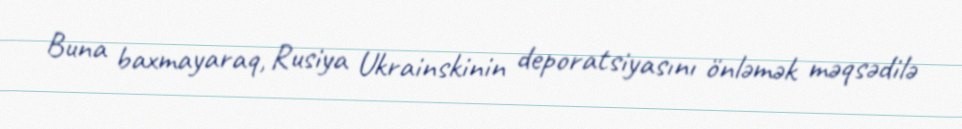
Buna baxmayaraq, Rusiya Ukrainskinin deporatsiyasını önləmək məqsədilə